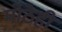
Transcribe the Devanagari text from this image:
मोठेही